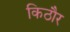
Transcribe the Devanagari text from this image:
किठौर